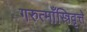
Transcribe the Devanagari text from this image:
गरुत्माँस्त्रिवृत्ते